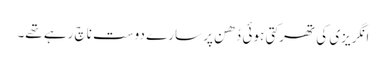
انگریزی کی تھرکتی ہوئی دُھن پر سارے دوست ناچ رہے تھے۔